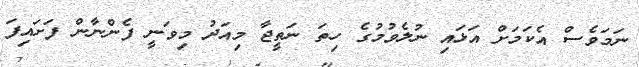
ނަމަވެސް އެކަމަށް އަޅައި ނުލެވުމުގެ ހިތަ ނަތީޖާ މިއަދު މިވަނީ ފެންނާން ފަށައިފަ